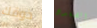
ذوقك الضفدع